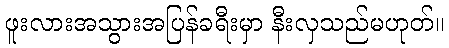
ဖူးလားအသွားအပြန်ခရီးမှာ နီးလှသည်မဟုတ်။